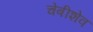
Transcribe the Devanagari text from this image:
चेबीशेव